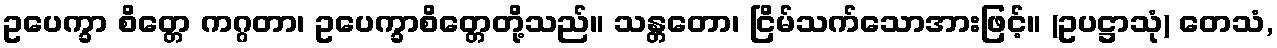
ဥပေက္ခာ စိတ္တေ ကဂ္ဂတာ၊ ဥပေက္ခာစိတ္တေတို့သည်။ သန္တတော၊ ငြိမ်သက်သောအားဖြင့်။ (ဥပဋ္ဌာသုံ) တေသံ,